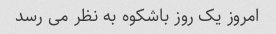
امروز یک روز باشکوه به نظر می رسد